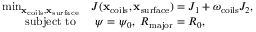
\begin{array} { r l } { \operatorname* { m i n } _ { \mathbf x _ { \mathrm { c o i l s } } , \mathbf x _ { \mathrm { s u r f a c e } } } } & { J ( \mathbf x _ { \mathrm { c o i l s } } , \mathbf x _ { \mathrm { s u r f a c e } } ) = J _ { 1 } + \omega _ { \mathrm { c o i l s } } J _ { 2 } , } \\ { \mathrm { s u b j e c t ~ t o ~ } } & { ~ \psi = \psi _ { 0 } , ~ R _ { \mathrm { m a j o r } } = R _ { 0 } , } \end{array}